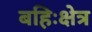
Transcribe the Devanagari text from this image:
बहिःक्षेत्र